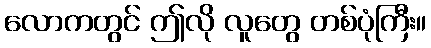
လောကတွင် ဤလို လူတွေ တစ်ပုံကြီး။